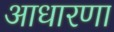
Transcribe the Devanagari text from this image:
आधारणा